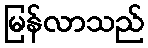
မြန်လာသည်